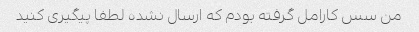
من سس کارامل گرفته بودم که ارسال نشده لطفا پیگیری کنید